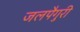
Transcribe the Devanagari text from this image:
जलपैगुरी